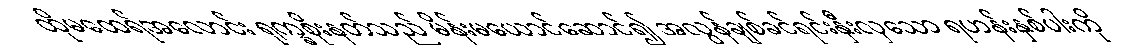
ထိုမထေရ်အလောင်း ရုက္ခစိုးနတ်သည် မိန်းမယောင်ဆောင်၍ အလွန်ချစ်ခင်ရင်းနှီးလှသော ရဟန်းနှစ်ပါးကို